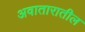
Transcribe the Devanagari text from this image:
अवातारातील